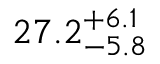
2 7 . 2 _ { - 5 . 8 } ^ { + 6 . 1 }